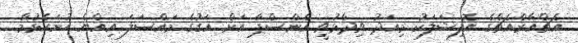
އެޗްއާރްއެޗްގެ އޮފިޝަލަކު މިއަދު ވިދާޅުވީ އެންސްޕާ އަށް އަގުގެ މައްސަލަ އިއްޔެ ހުށަހެޅުމާ